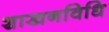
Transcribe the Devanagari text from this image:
शाखनविधि